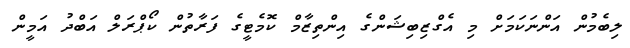
ލިބެމުން އަންނަކަމަށް މި އެގްޒިބިޝަންގެ އިންތިޒާމް ކޮމެޓީގެ ފަރާތުން ކޯޕްރަލް އަބްދު އަމީން